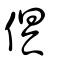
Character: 俱